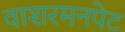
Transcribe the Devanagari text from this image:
वाशरमनपेट